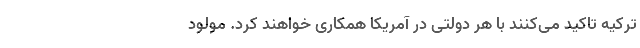
ترکیه تاکید می‌کنند با هر دولتی در آمریکا همکاری خواهند کرد. مولود